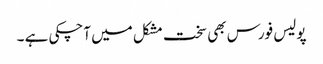
پولیس فورس بھی سخت مشکل میں آچکی ہے ۔